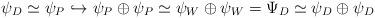
LaTeX: \begin{align*}\psi_D\simeq \psi_{P}\hookrightarrow\psi_{P}\oplus\psi_{P}\simeq\psi_W \oplus\psi_W =\Psi_D \simeq\psi_D\oplus\psi_D\end{align*}